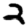
Digit: 2